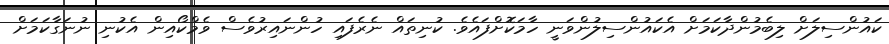
ކައުންސިލަށް ލިބެމުންދާކަމަށް އެކައުންސިލުންވަނީ ހާމަކޮށްފައެވެ. ކުނިތައް ނެރެފައި ހުންނައިރުވެސް ވެމްކޯއިން އެކުނި ނުނަގާކަމަށް